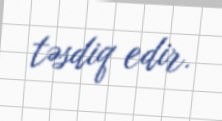
təsdiq edir.